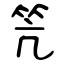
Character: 笐